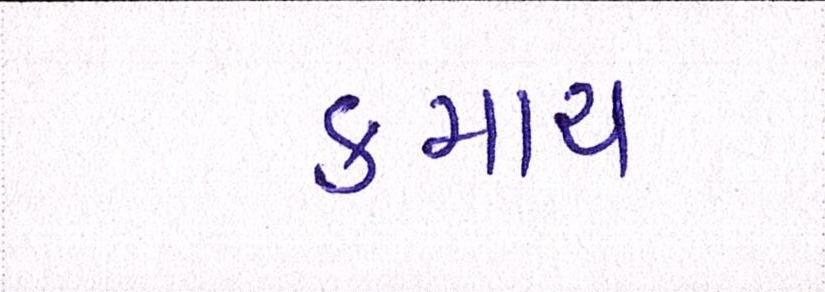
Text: કમાય